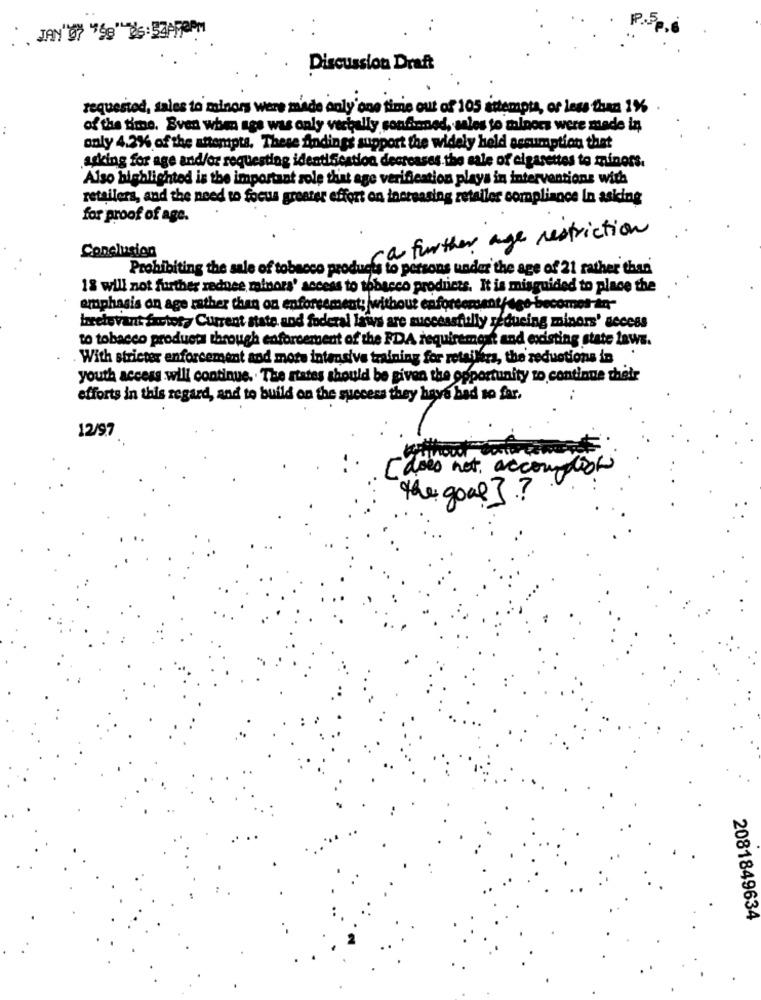
Discussion Draft
requested, sales to minors were made only one time out of 105 istemple, or less fona 1%
of the time. Even when ags was only vechelly sonfinned, sales to minors were made in
only 4.2%% of the attempts, These Andings support the widely held semumption thet
asking for age and/or requesting identification decreases the sale of cigarettes to minors.
Also highlighted is the important sole that age verification plays in interventions with
retailers, and the need to focus greater effort on increasing zetaller compliance In asking
for proof of age.
ca further age restriction
Conclusion
Prohibiting the sale of tobacco products to persons under the age of 21 rather than
18 will not further zednee minors' access to tobacco products. It is misguided to place the
emphasis on age rather than on enforcement; without enforcement/age-becomes-an-
hrelevant factory Current state and foderal laivs are successfully reducing minors' access
to tobacco products through enforcement of the FDA requirement and existing state laws.
. With stricter enforcement and more intensive training for retailers, the reductions in
youth access will continue .. The states should be given the opportunity to continue their
efforts in this regard, and to build on the success they have had to far,
12/97
[ does not, accomplish
the good]?
2081849634